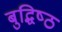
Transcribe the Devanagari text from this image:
बुद्धिष्‍ठ